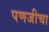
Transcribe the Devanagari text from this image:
पणजीचा